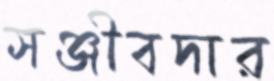
সঞ্জীবদার